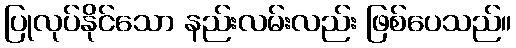
ပြုလုပ်နိုင်သော နည်းလမ်းလည်း ဖြစ်ပေသည်။